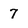
Character: 7